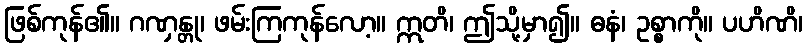
ဖြစ်ကုန်၏။ ဂဏှန္တု၊ ဖမ်းကြကုန်လော့။ ဣတိ၊ ဤသို့မှာ၍။ ဓနံ၊ ဥစ္စာကို။ ပဟိဏိ၊